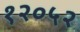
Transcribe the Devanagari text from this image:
१२०५२